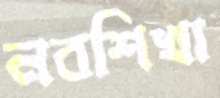
নবশিখা